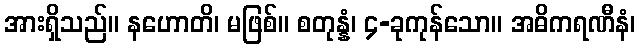
အားရှိသည်။ နဟောတိ၊ မဖြစ်။ စတုန္နံ၊ ၄-ခုကုန်သော။ အဓိကရဏီနံ၊